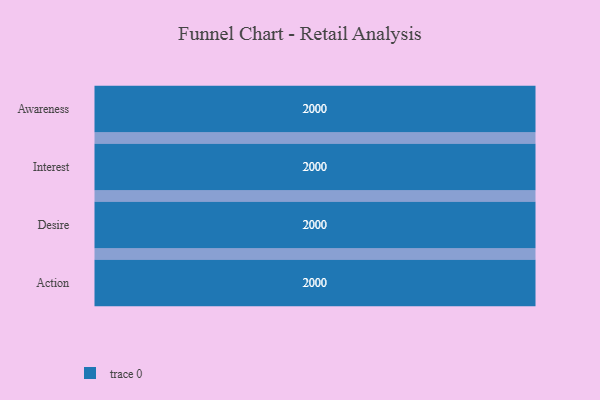
{"axis": {"x": "Stage", "y": "Value"}, "legend": [""], "data": [{"x": "Awareness", "y": 2000, "type": ""}, {"x": "Interest", "y": 2000, "type": ""}, {"x": "Desire", "y": 2000, "type": ""}, {"x": "Action", "y": 2000, "type": ""}]}